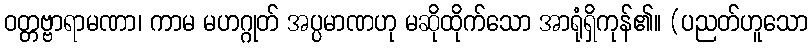
ဝတ္တဗ္ဗာရာမဏာ၊ ကာမ မဟဂ္ဂုတ် အပ္ပမာဏဟု မဆိုထိုက်သော အာရုံရှိကုန်၏။ (ပညတ်ဟူသော